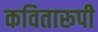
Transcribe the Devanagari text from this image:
कवितारूपी